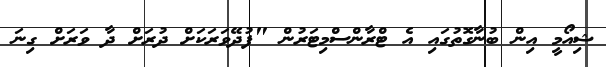
ޝިއޯމީ އިން ބުނާގޮތުގައި އެ ޓްރާންސްމިޓަރުން "ފުދޭވަރަކަށް ދުރަށް ދާ ވަރަށް ގިނަ